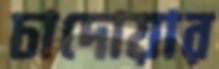
চাদোয়ার